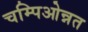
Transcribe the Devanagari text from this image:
चम्पिओन्नत